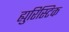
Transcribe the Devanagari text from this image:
ह्युरिस्टिक